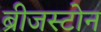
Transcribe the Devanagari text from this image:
ब्रीजस्टोन